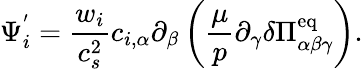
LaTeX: {\Psi_{i}^{'}}=\frac{w_{i}}{c_{s}^{2}}c_{i,\alpha}\partial_{\beta}\left(\frac{\mu}{p}\partial_{\gamma}\delta\Pi_{\alpha\beta\gamma}^{\mathrm{eq}}\right).